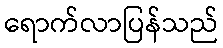
ရောက်လာပြန်သည်